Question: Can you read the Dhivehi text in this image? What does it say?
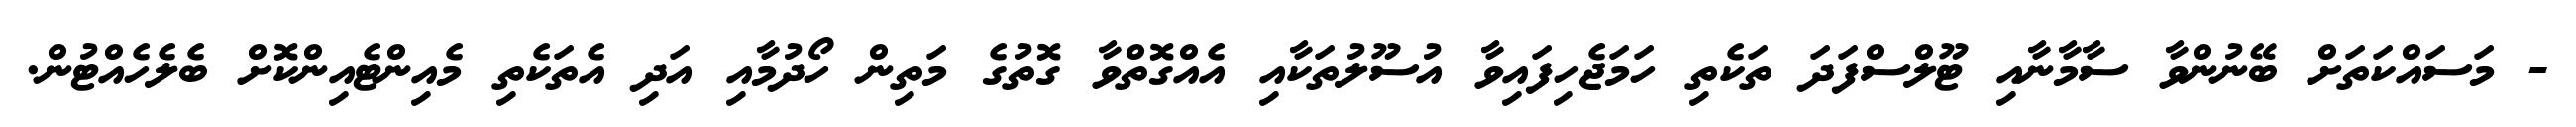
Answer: - މަސައްކަތަށް ބޭނުންވާ ސާމާނާއި ޓޫލްސްފަދަ ތަކެތި ހަމަޖެހިފައިވާ އުސޫލުތަކާއި އެއްގޮތްވާ ގޮތުގެ މަތިން ހޯދުމާއި އަދި އެތަކެތި މެއިންޓެއިންކޮށް ބެލެހެއްޓުން.